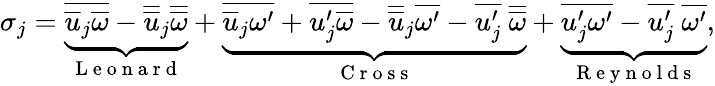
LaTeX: \sigma_{j}=\underbrace{\overline{{\overline{{u}}_{j}\overline{{\omega}}}}-\overline{{\overline{{u}}}}_{j}\overline{{\overline{{\omega}}}}}_{\mathrm{~L~e~o~n~a~r~d~}}+\underbrace{\overline{{\overline{{u}}_{j}\omega^{\prime}}}+\overline{{u_{j}^{\prime}\overline{{\omega}}}}-\overline{{\overline{{u}}}}_{j}\overline{{\omega^{\prime}}}-\overline{{u_{j}^{\prime}}}~\overline{{\overline{{\omega}}}}}_{\mathrm{~C~r~o~s~s~}}+\underbrace{\overline{{u_{j}^{\prime}\omega^{\prime}}}-\overline{{u_{j}^{\prime}}}~\overline{{\omega^{\prime}}}}_{\mathrm{~R~e~y~n~o~l~d~s~}},